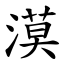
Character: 漠